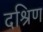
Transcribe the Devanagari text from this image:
दश्रिण